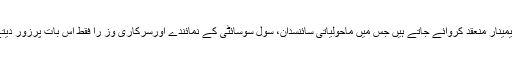
گلو بل وارمنگ کے خطرات سے آگاہ کرنے کے لئے پوری دنیا میں اربوں ڈالر خرچ کر کے صرف سیمینار منعقد کروائے جاتے ہیں جس میں ماحولیاتی سائنسدان، سول سوسائٹی کے نمائندے اورسرکاری وز را فقط اس بات پرزور دیتے ہیں کہ فطری ماحول کی تباہی اور گلوبل وارمنگ میں اضافہ کی بنیادی وجہ”انسانی سرگرمیاں“ ہیں۔